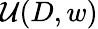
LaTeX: \mathcal{U}(D,w)